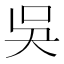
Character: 吳